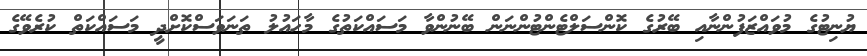
ޔުނިޓުގެ މުވައްޒަފުންނާއި ބޭރުގެ ކޮންސަލްޓެންޓުންނަން ބޭނުންވާ މަސައްކަތުގެ މާހައުލު ތަނަވަސްކޮށްދީ މަސައްކަތް ކުރެވޭގެ